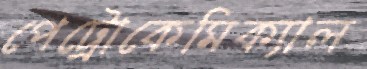
পেট্রোকেমিক্যাল